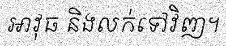
អាវុធ និងលក់ទៅវិញ។